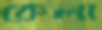
কেলা